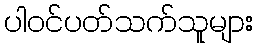
ပါဝင်ပတ်သက်သူများ